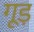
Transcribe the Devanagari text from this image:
गूड़